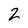
Character: 2